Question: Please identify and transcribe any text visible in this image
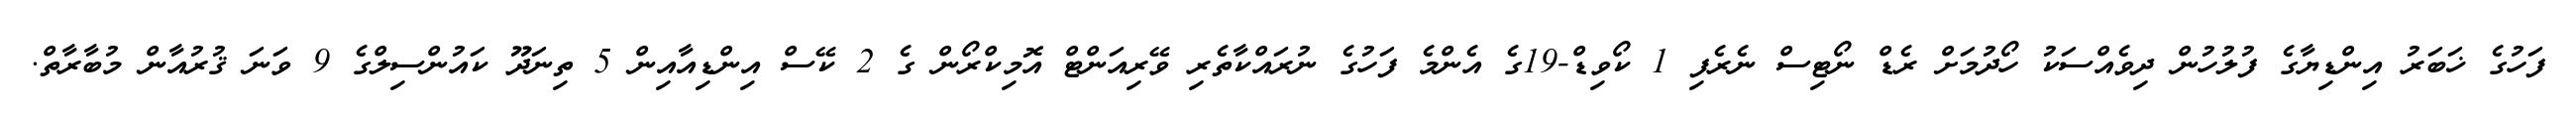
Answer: ފަހުގެ ޚަބަރު އިންޑިޔާގެ ފުލުހުން ދިވެއްސަކު ހޯދުމަށް ރެޑް ނޯޓިސް ނެރެފި 1 ކޯވިޑް-19ގެ އެންމެ ފަހުގެ ނުރައްކާތެރި ވޭރިއަންޓް އޮމިކްރޯން ގެ 2 ކޭސް އިންޑިއާއިން 5 ތިނަދޫ ކައުންސިލްގެ 9 ވަނަ ޤުރުއާން މުބާރާތް.